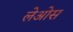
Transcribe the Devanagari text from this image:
लेओस